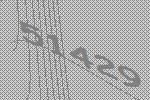
51429